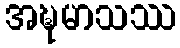
အဍ္ဎမာသဿ